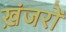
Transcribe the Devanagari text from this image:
ख़ंजरों